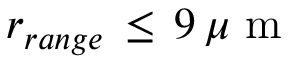
r _ { r a n g e } \, \leq \, 9 \, \mu \mathrm { ~ m ~ }